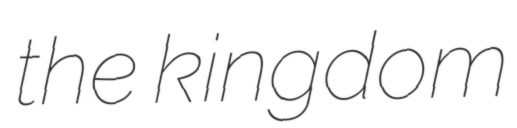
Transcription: the kingdom